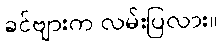
ခင်ဗျားက လမ်းပြလား။